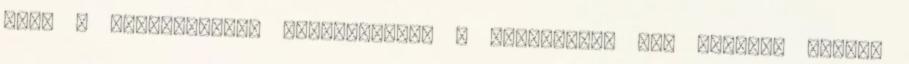
vagy a citromsavat, belekeverjük a borkősavat is. Címkék: bodza,